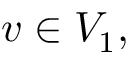
v \in V _ { 1 } ,